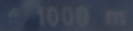
1000mV